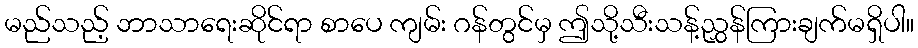
မည်သည့် ဘာသာရေးဆိုင်ရာ စာပေ ကျမ်း ဂန်တွင်မှ ဤသို့သီးသန့်ညွှန်ကြားချက်မရှိပါ။